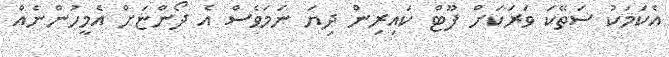
އެކަމަކު ސަތޭކަ ވަރަކަށް ފޫޓް ކައިރިން ދިޔަ ނަމަވެސް އެ ދޯންޏަށް އެމީހުންނެއް